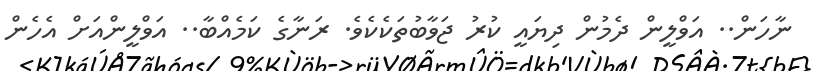
ނާހަން.. އަވްލީން ދެމުން ދިޔައީ ކުރު ޖަވާބުތަކެކެވެ. ރަނާގެ ކަމެއްބާ.. އަވްލީންއަށް އެހެން